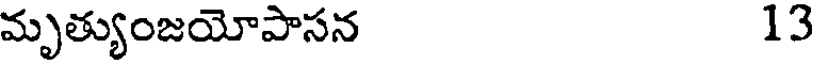
మృత్యుంజయోపాసన 13